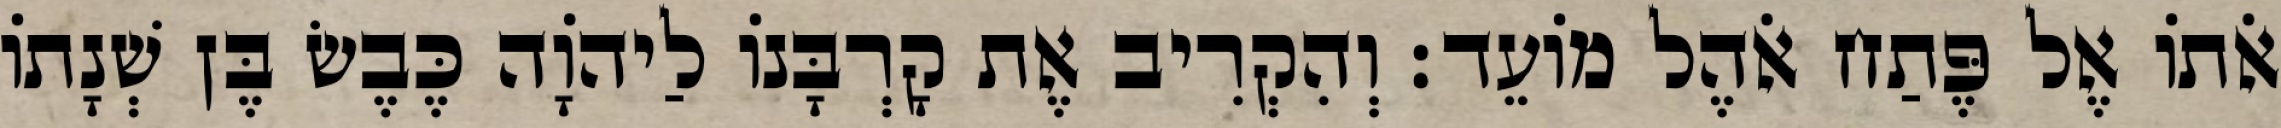
אֹתוֹ אֶל פֶּתַח אֹהֶל מוֹעֵד׃ וְהִקְרִיב אֶת קָרְבָּנוֹ לַיהֹוָה כֶּבֶשׂ בֶּן שְׁנָתוֹ